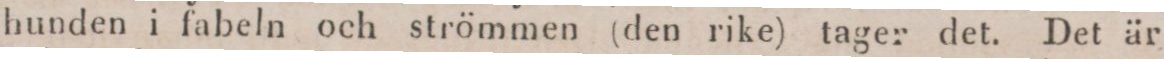
hunden i fabeln och strömmen (den rike) tager det. Det är